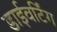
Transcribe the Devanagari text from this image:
डाईवर्टिंग